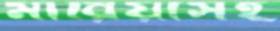
মারিয়াসহ